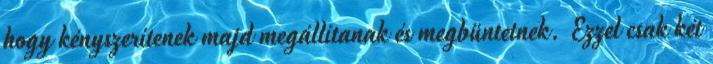
hogy kényszerítenek majd megállítanak és megbüntetnek. Ezzel csak két